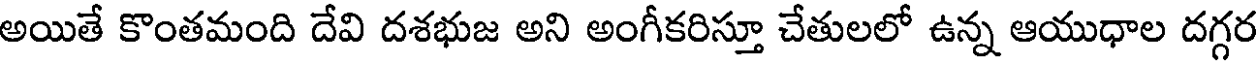
అయితే కొంతమంది దేవి దశభుజ అని అంగీకరిస్తూ చేతులలో ఉన్న ఆయుధాల దగ్గర